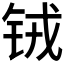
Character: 𮸄